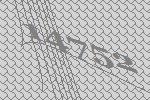
14752